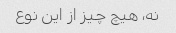
نه، هیچ چیز از این نوع